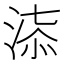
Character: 𣶠